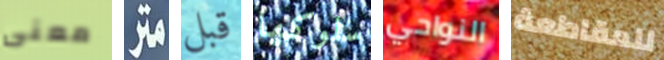
معنى متر قبل سلوكها النواحي للمقاطعة